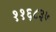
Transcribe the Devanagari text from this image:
११६८३७